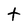
Character: t